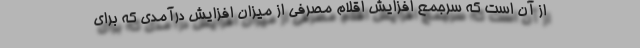
از آن است که سرجمع افزایش اقلام مصرفی از میزان افزایش درآمدی که برای